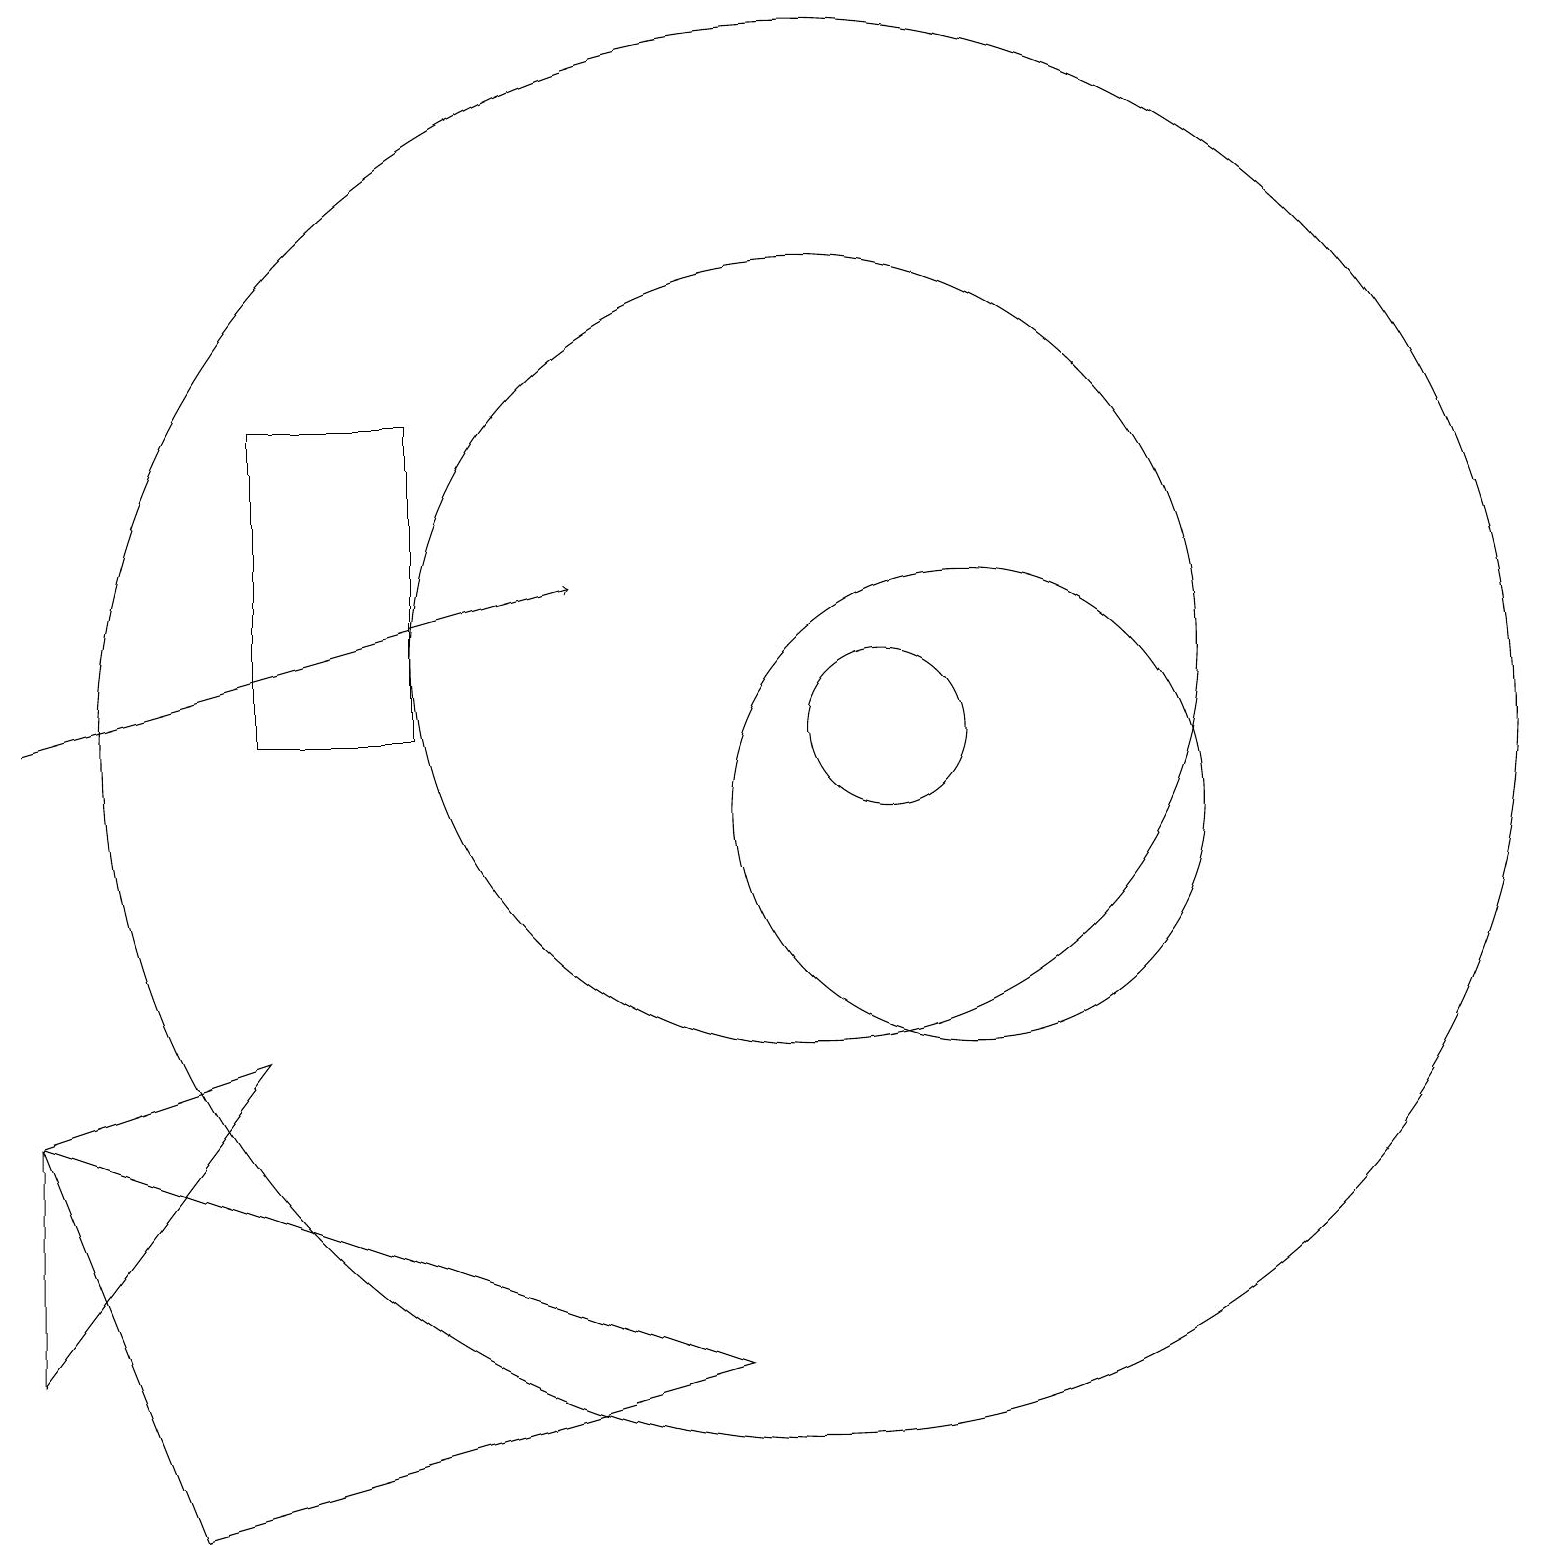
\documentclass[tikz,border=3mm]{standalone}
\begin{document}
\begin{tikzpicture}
\draw (0,3) -- (0,6) -- (3,7) -- cycle;
\draw (12,10) circle (3);
\draw (0,6) -- (2,1) -- (9,3) -- cycle;
\draw (11,11) circle (1);
\draw[->] (0,11) -- (7,13);
\draw (10,11) circle (9);
\draw (10,12) circle (5);
\draw (5,15) rectangle (3,11);
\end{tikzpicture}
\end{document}